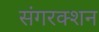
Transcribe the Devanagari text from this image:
संगरक्शन